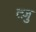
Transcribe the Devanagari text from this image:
त्ज़ु